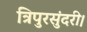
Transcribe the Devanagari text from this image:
त्रिपुरसुंदरी।